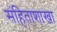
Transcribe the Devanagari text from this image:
संहिताशाखा